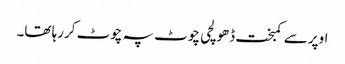
اوپر سے کمبخت ڈھولچی چوٹ پہ چوٹ کررہا تھا۔